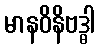
မာနဝိနိဗဒ္ဓါ